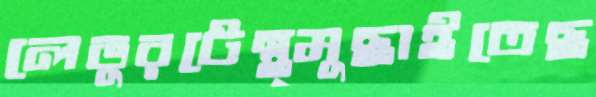
লেভুরটেন্থ্মুছাইতেছ